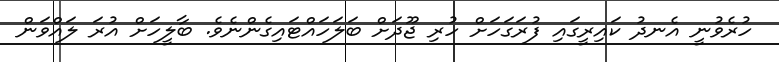
ހުރެވުނީ އެނދު ކައިރީގައި ފުރަގަހަށް ހުރި ޖޫދަށް ބަލަހައްޓައިގެންނެވެ. ބާލީހަށް އުރަ ލައްވަން